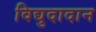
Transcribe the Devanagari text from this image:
विद्युदादान